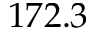
1 7 2 . 3